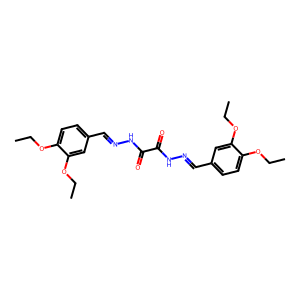
SMILES: CCOc1ccc(C=NNC(=O)C(=O)NN=Cc2ccc(OCC)c(OCC)c2)cc1OCC
Inhibits HIV replication: No